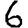
Digit: 6